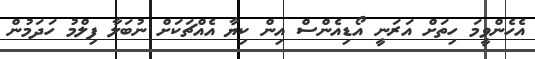
އެހެންވީމަ ހިތަށް އަރަނީ އޯޑިއެންސް އިން ކިޔާ އެއްޗަކަށް ނުބަލާ ފިލްމު ހަދަމުން